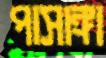
পাসাঙ্গা